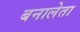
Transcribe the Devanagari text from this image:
बनालेता